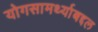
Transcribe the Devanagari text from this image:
योगसामर्थ्याबद्दल